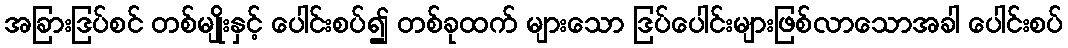
အခြားဒြပ်စင် တစ်မျိုးနှင့် ပေါင်းစပ်၍ တစ်ခုထက် များသော ဒြပ်ပေါင်းများဖြစ်လာသောအခါ ပေါင်းစပ်